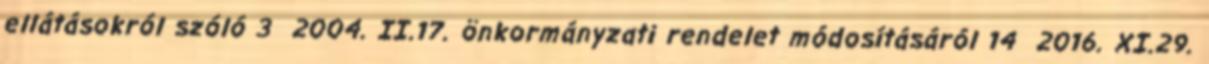
ellátásokról szóló 3 2004. II.17. önkormányzati rendelet módosításáról 14 2016. XI.29.